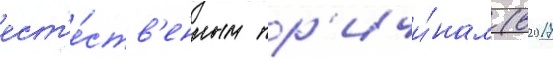
ест'е́ств'енным пр'ичи́нам (в 2017